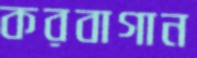
করবাগান